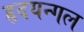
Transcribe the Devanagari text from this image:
हृदयन्गल